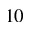
1 0